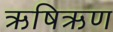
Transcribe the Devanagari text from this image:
ऋषिऋण